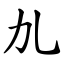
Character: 劜